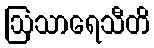
ဩသာရေသီတိ